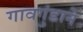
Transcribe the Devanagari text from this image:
गावगुंडाने